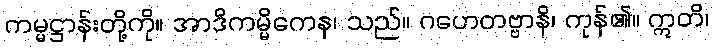
ကမ္မဋ္ဌာန်းတို့ကို။ အာဒိကမ္မိကေန၊ သည်။ ဂဟေတဗ္ဗာနိ၊ ကုန်၏။ ဣတိ၊